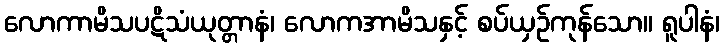
လောကာမိသပဋိသံယုတ္တာနံ၊ လောကအာမိသနှင့် စပ်ယှဉ်ကုန်သော။ ရူပါနံ၊